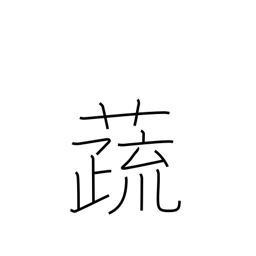
Meaning: vegetables